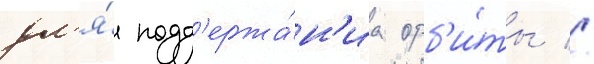
дл'я́ подд'ержа́н'иа орб'и́ты //